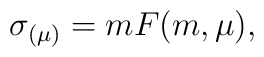
\sigma_{(\mu)}=m F(m,\mu),